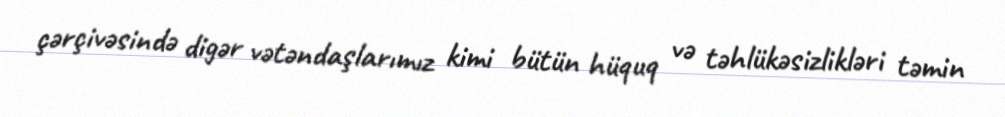
çərçivəsində digər vətəndaşlarımız kimi bütün hüquq və təhlükəsizlikləri təmin